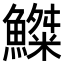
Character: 𩻫